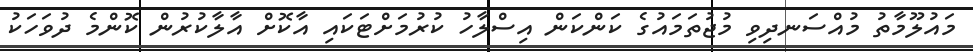
މައުލޫމާތު މުއްސަނދިވި މުޖުތަމައުގެ ކަންކަން އިސްލާހު ކުރުމަށްޓަކައި އާކޮށް އާލާކުރުން ކޮންމެ ދުވަހަކު